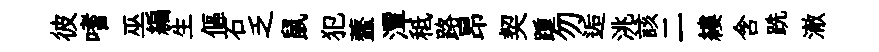
彼嗜巫編生傴石乏鼠犯虀潭秪路昂契踵勿逅洮該二縷含跣澈